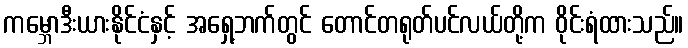
ကမ္ဘောဒီးယားနိုင်ငံနှင့် အရှေ့ဘက်တွင် တောင်တရုတ်ပင်လယ်တို့က ဝိုင်းရံထားသည်။